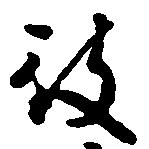
被